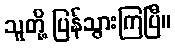
သူတို့ ပြန်သွားကြပြီ။